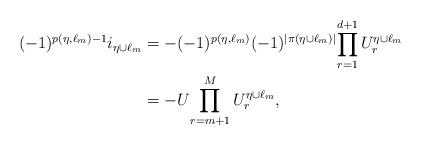
LaTeX: \begin{align*}(-1)^{p(\eta,\ell_{m})-1} i_{\eta\cup \ell_{m}}&= -(-1)^{p(\eta,\ell_{m})} (-1)^{|\pi(\eta\cup \ell_{m})|}{\prod_{r=1}^{d+1}U^{\eta\cup \ell_{m}}_{r}} \\&=-U{\prod_{r=m+1}^M U^{\eta\cup \ell_{m}}_{r}} ,\end{align*}